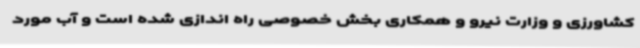
کشاورزی و وزارت نیرو و همکاری بخش خصوصی راه اندازی شده است و آب مورد